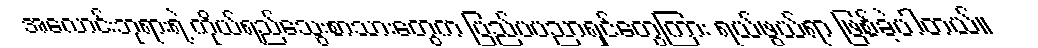
အလောင်းဘုရားရဲ့ ကိုယ်ရည်သွေးစာသားတွေက ပြည်ပပညာရှင်တွေကြား ရယ်ဖွယ်ရာ ဖြစ်ခဲ့ပါတယ်။